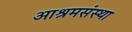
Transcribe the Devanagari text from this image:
आश्रमसंस्था